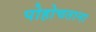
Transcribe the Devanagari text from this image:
पोहोचताना